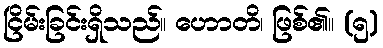
ငြိမ်းခြင်းရှိသည်။ ဟောတိ၊ ဖြစ်၏။ (၅)